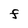
Character: F